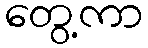
တွေ့ကာ